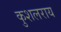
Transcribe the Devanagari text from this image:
कुशलराय